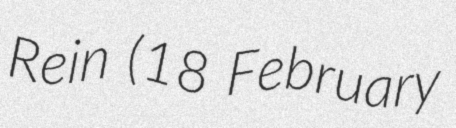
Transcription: Rein (18 February